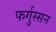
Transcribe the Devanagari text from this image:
फर्गुस्सन